Vaccination Hyderabad 1872-1889 - 1872-1889
Year: 1872
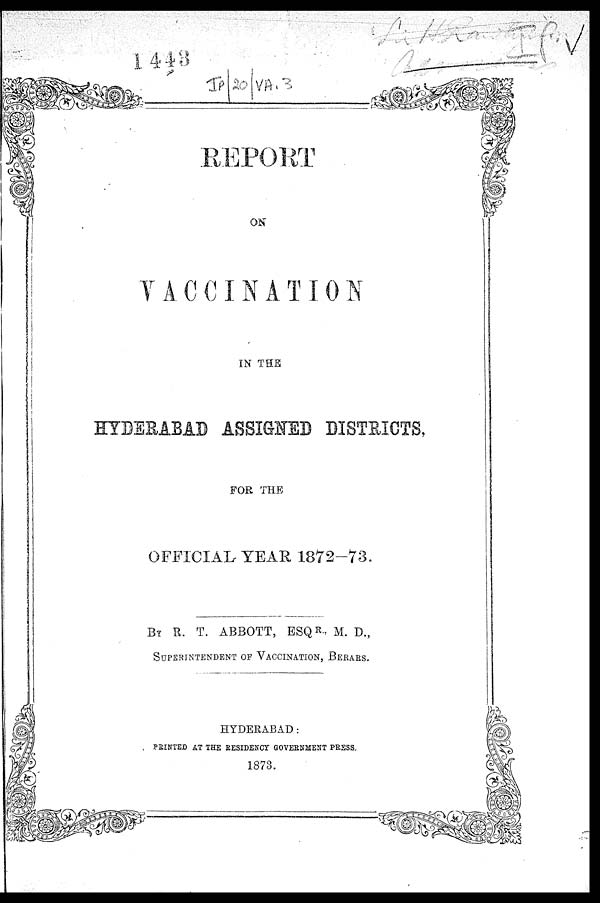
REPORT
ON
VACCINATION
IN THE
HYDERABAD ASSIGNED DISTRICTS,
FOR THE
OFFICIAL YEAR 1872-73.
BY R. T. ABBOTT, ESQR., M. D.,
SUPERINTENDENT OF VACCINATION, BERARS.
HYDERABAD:
PRINTED AT THE RESIDENCY GOVERNMENT PRESS,
1873.